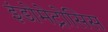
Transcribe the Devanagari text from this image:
इंडोमेट्रोसिस